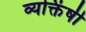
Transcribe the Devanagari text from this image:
व्यक्तिंषी